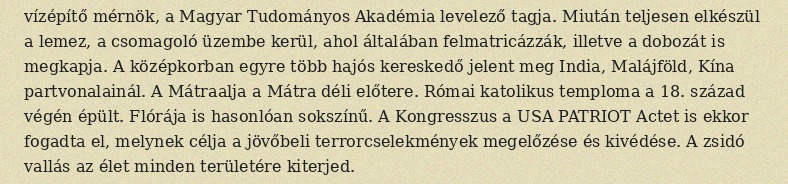
vízépítő mérnök, a Magyar Tudományos Akadémia levelező tagja. Miután teljesen elkészül a lemez, a csomagoló üzembe kerül, ahol általában felmatricázzák, illetve a dobozát is megkapja. A középkorban egyre több hajós kereskedő jelent meg India, Malájföld, Kína partvonalainál. A Mátraalja a Mátra déli előtere. Római katolikus temploma a 18. század végén épült. Flórája is hasonlóan sokszínű. A Kongresszus a USA PATRIOT Actet is ekkor fogadta el, melynek célja a jövőbeli terrorcselekmények megelőzése és kivédése. A zsidó vallás az élet minden területére kiterjed.